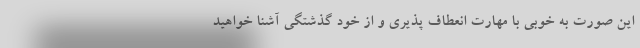
این صورت به خوبی با مهارت انعطاف پذیری و از خود گذشتگی آشنا خواهید